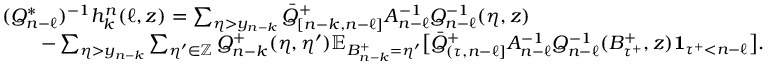
\begin{array} { r l } & { \textstyle ( Q _ { n - \ell } ^ { * } ) ^ { - 1 } h _ { k } ^ { n } ( \ell , z ) = \sum _ { \eta > y _ { n - k } } \bar { Q } _ { [ n - k , n - \ell ] } ^ { + } A _ { n - \ell } ^ { - 1 } Q _ { n - \ell } ^ { - 1 } ( \eta , z ) } \\ & { \textstyle \qquad - \sum _ { \eta > y _ { n - k } } \sum _ { \eta ^ { \prime } \in \mathbb { Z } } Q _ { n - k } ^ { + } ( \eta , \eta ^ { \prime } ) \mathbb { E } _ { B _ { n - k } ^ { + } = \eta ^ { \prime } } \bigl [ \bar { Q } _ { ( \tau , n - \ell ] } ^ { + } A _ { n - \ell } ^ { - 1 } Q _ { n - \ell } ^ { - 1 } ( B _ { { \tau ^ { + } } } ^ { + } , z ) \mathbf { 1 } _ { { \tau ^ { + } } < n - \ell } \bigr ] . } \end{array}